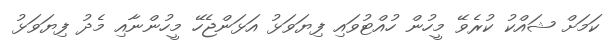
ކަމަށް ޝައްކު ކުރެވޭ މީހުން ހުއްޓުވައި ފިޔަވަޅު އަޅަންޖެހޭ މީހުންނާއި މެދު ފިޔަވަޅު